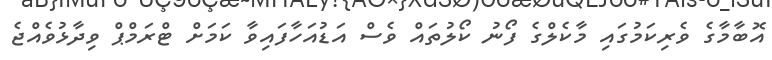
އޮބާމާގެ ވެރިކަމުގައި މާކެލްގެ ފޯނު ކޯލުތައް ވެސް އަޑުއަހާފައިވާ ކަމަށް ޓްރަމްޕް ވިދާޅުވެއްޖެ